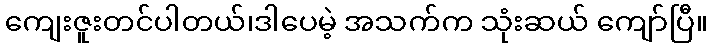
ကျေးဇူးတင်ပါတယ်၊ဒါပေမဲ့ အသက်က သုံးဆယ် ကျော်ပြီ။